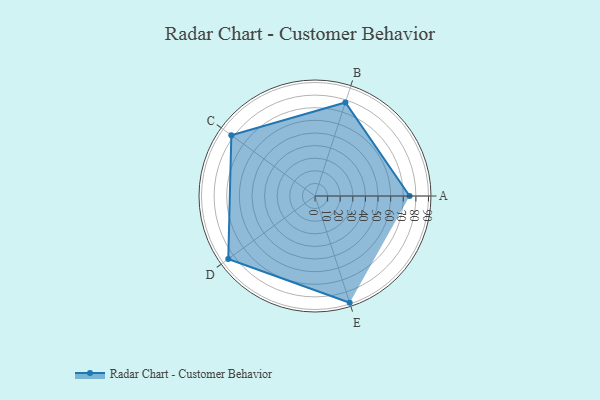
{"axis": {"x": "Skill", "y": "Score"}, "legend": ["Profile"], "data": [{"x": "A", "y": 75.0, "type": "Profile"}, {"x": "B", "y": 78.0, "type": "Profile"}, {"x": "C", "y": 82.0, "type": "Profile"}, {"x": "D", "y": 85.0, "type": "Profile"}, {"x": "E", "y": 89.0, "type": "Profile"}]}